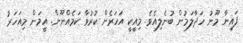
ފައިނާ މޫނު ހަދާލަމުން ބުނެލިއެވެ. މިއީކީ އަހަރެން ކުރުވާ ކަމެއްނޫން. އީމަން މިއަހަރު